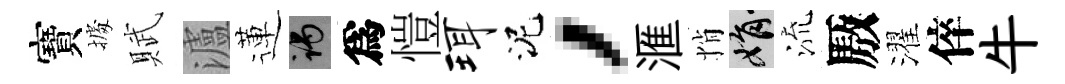
寶𢴃賦瀘蓮谒爲愷珥泥，滙悄娟流厫濯倅牛